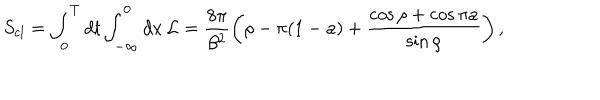
LaTeX: S _ { \mathrm { c l } } = \int _ { 0 } ^ { T } d t \int _ { - \infty } ^ { 0 } d x \, { \cal L } = \frac { 8 \pi } { \beta ^ { 2 } } \left( \rho - \pi ( 1 - a ) + \frac { \cos \rho + \cos \pi a } { \sin \rho } \right) ,